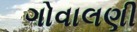
ગોવાલણી